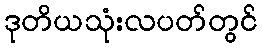
ဒုတိယသုံးလပတ်တွင်